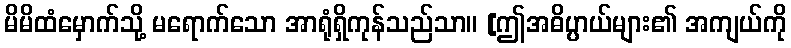
မိမိထံမှောက်သို့ မရောက်သော အာရုံရှိကုန်သည်သာ။ [ဤအဓိပ္ပာယ်များ၏ အကျယ်ကို